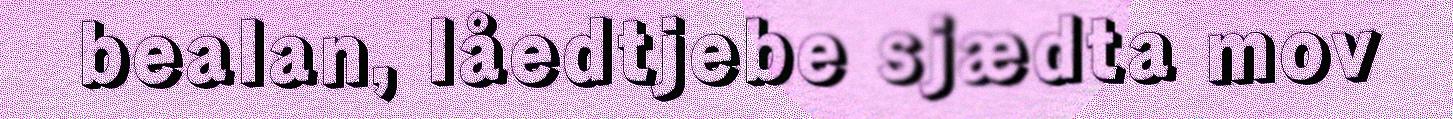
bealan, låedtjebe sjædta mov